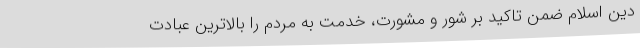
دین اسلام ضمن تاکید بر شور و مشورت، خدمت به مردم را بالاترین عبادت